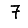
Digit: 7